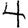
Digit: 4